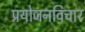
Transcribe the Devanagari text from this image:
प्रयोजनविचार